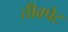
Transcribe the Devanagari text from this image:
तीव्रपेट